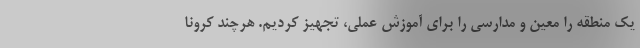
یک منطقه را معین و مدارسی را برای آموزش عملی، تجهیز کردیم. هرچند کرونا